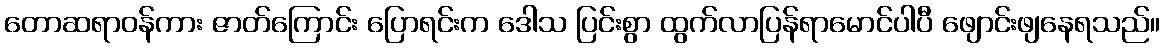
တောဆရာဝန်ကား ဇာတ်ကြောင်း ပြောရင်းက ဒေါသ ပြင်းစွာ ထွက်လာပြန်ရာမောင်ပါပီ ဖျောင်းဖျနေရသည်။